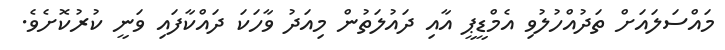
މައްސަލައަށް ތަދުއްހުލުވި އެމްޑީޕީ އާއި ދައުލަތުން މިއަދު ވާހަކަ ދައްކާފައި ވަނީ ކުރުކޮށެވެ.